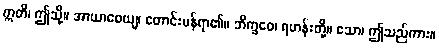
ဣတိ၊ ဤသို့။ အာယာစေယျ၊ တောင်းပန်ရာ၏။ ဘိက္ခဝေ၊ ရဟန်းတို့။ ဧသာ၊ ဤသည်ကား။